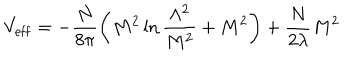
V _ { \mathrm { e f f } } = - \frac { N } { 8 \pi } \left( M ^ { 2 } \ln \frac { \Lambda ^ { 2 } } { M ^ { 2 } } + M ^ { 2 } \right) + \frac { N } { 2 { \lambda } } M ^ { 2 }